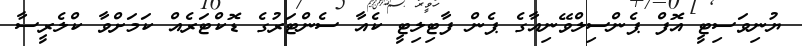
ޔުނިވަސިޓީ އޮފް ޕެންސިލްވޭނިއާގެ ޕެން ފާޓިލިޓީ ކެއާ ސެންޓަރުގެ ޑޮކްޓަރެއް ކަމަށްވާ ކްލެރީސާ